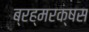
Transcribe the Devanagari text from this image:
ब्रह्मरक्षस